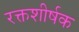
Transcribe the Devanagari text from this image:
रक्तशीर्षक